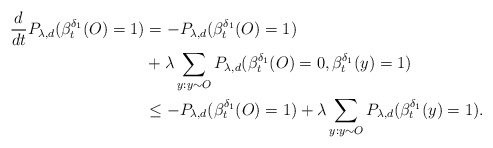
\begin{align*}\frac{d}{dt}P_{\lambda,d}(\beta_t^{\delta_1}(O)=1)&=-P_{\lambda,d}(\beta_t^{\delta_1}(O)=1)\\&+\lambda\sum_{y:y\sim O}P_{\lambda,d}(\beta_t^{\delta_1}(O)=0,\beta_t^{\delta_1}(y)=1)\\&\leq -P_{\lambda,d}(\beta_t^{\delta_1}(O)=1)+\lambda\sum_{y:y\sim O}P_{\lambda,d}(\beta_t^{\delta_1}(y)=1).\end{align*}